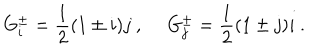
G _ { i } ^ { \pm } = \frac { 1 } { 2 } ( 1 \pm i ) j ~ , ~ ~ G _ { j } ^ { \pm } = \frac { 1 } { 2 } ( 1 \pm j ) i ~ .